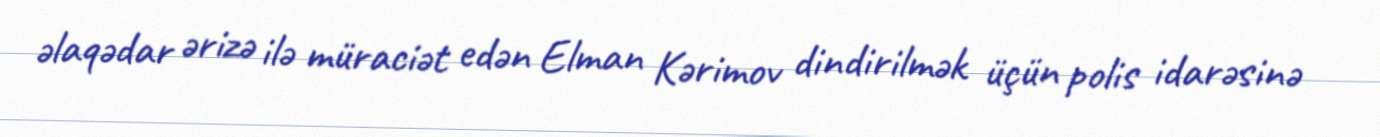
əlaqədar ərizə ilə müraciət edən Elman Kərimov dindirilmək üçün polis idarəsinə